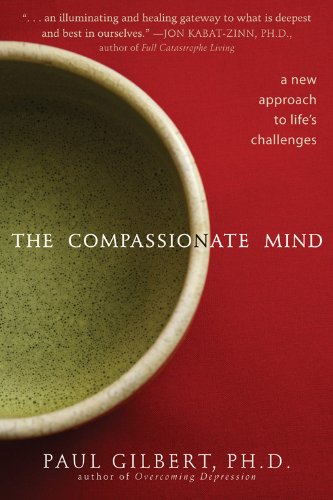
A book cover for The Compassionate Mind: A New Approach to Life's Challenges; Paul Gilbert PhD; Health, Fitness & Dieting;